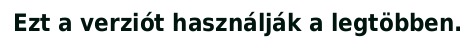
Ezt a verziót használják a legtöbben.